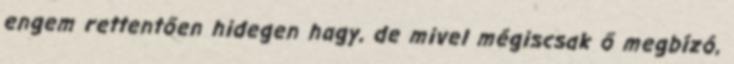
engem rettentően hidegen hagy, de mivel mégiscsak ő megbízó,